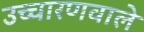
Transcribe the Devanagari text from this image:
उच्चारणवाले